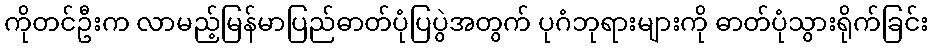
ကိုတင်ဦးက လာမည့်မြန်မာပြည်ဓာတ်ပုံပြပွဲအတွက် ပုဂံဘုရားများကို ဓာတ်ပုံသွားရိုက်ခြင်း